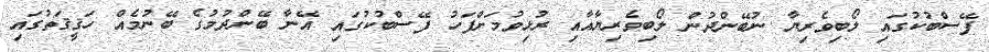
ފޭސްބުކުގައި ލޯބިވެރިޔާ ނުބޭންދުން ލޯބިވެރިޔާއާއި ރުޅިވުމަށްފަހު ފޭސްބުކުގައި އޭނާ ބޭންދުމުގެ ބޭނުމެއް ހަޤީޤަތުގައި